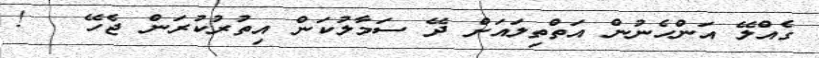
ގެއްލޭ އަންހެނުން އަތްތިލައަށް ދޭ ސަމާލުކަން އިތުރުކުރަން ޖެހޭ   !